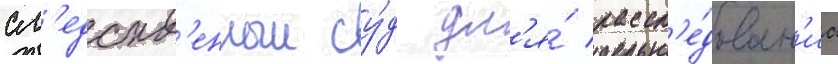
сл'едств'енныи су́д дл'я́ рассл'е́дован'иа